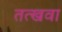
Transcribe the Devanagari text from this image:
तत्खवा